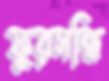
ফুরসন্ধি